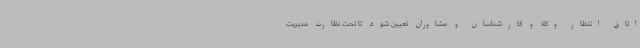
اتاق انتظار وکلا و کارشناسان و مشاوران تعیین شود تا تحت نظارت مدیریت